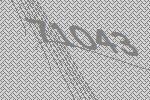
71043